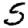
Digit: 5